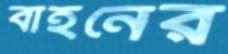
বাহনের